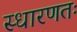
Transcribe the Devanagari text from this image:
स्धारणतः